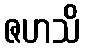
ဇဟသိ